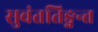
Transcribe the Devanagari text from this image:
सुवंततिङ्गन्त